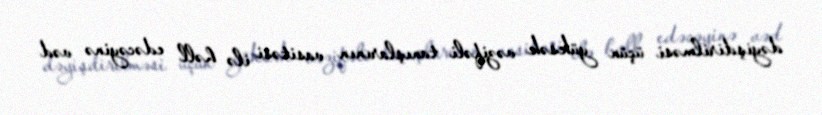
dəyişdirilməsi üçün yüksək vəzifəli tanışlarının vasitəsi ilə həll edəcəyinə vəd